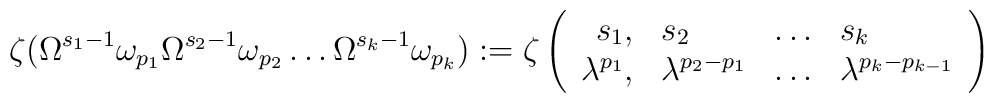
\zeta(\Omega^{s_1-1}\omega_{p_1}\Omega^{s_2-1}\omega_{p_2}\ldots\Omega^{s_k-1}\omega_{p_k}):=\zeta\left(\begin{array}{rlcl}s_1,&s_2&\ldots&s_k\\\lambda^{p_1},&\lambda^{p_2-p_1}&\ldots&\lambda^{p_k-p_{k-1}}\end{array}\right)